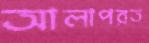
আলাপরত